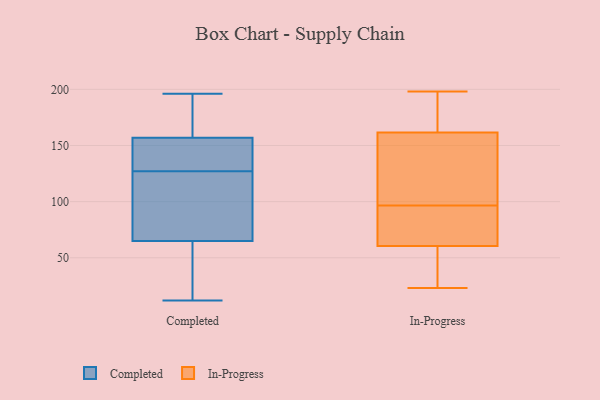
{"axis": {"x": "Demand Index", "y": "Value"}, "legend": ["Completed", "In-Progress"], "data": [{"x": "", "y": 196, "type": "Completed"}, {"x": "", "y": 156, "type": "Completed"}, {"x": "", "y": 30, "type": "Completed"}, {"x": "", "y": 75, "type": "Completed"}, {"x": "", "y": 132, "type": "Completed"}, {"x": "", "y": 195, "type": "Completed"}, {"x": "", "y": 178, "type": "Completed"}, {"x": "", "y": 122, "type": "Completed"}, {"x": "", "y": 12, "type": "Completed"}, {"x": "", "y": 100, "type": "Completed"}, {"x": "", "y": 135, "type": "Completed"}, {"x": "", "y": 112, "type": "Completed"}, {"x": "", "y": 158, "type": "Completed"}, {"x": "", "y": 139, "type": "Completed"}, {"x": "", "y": 55, "type": "Completed"}, {"x": "", "y": 46, "type": "Completed"}, {"x": "", "y": 34, "type": "In-Progress"}, {"x": "", "y": 173, "type": "In-Progress"}, {"x": "", "y": 131, "type": "In-Progress"}, {"x": "", "y": 72, "type": "In-Progress"}, {"x": "", "y": 157, "type": "In-Progress"}, {"x": "", "y": 166, "type": "In-Progress"}, {"x": "", "y": 155, "type": "In-Progress"}, {"x": "", "y": 94, "type": "In-Progress"}, {"x": "", "y": 43, "type": "In-Progress"}, {"x": "", "y": 98, "type": "In-Progress"}, {"x": "", "y": 198, "type": "In-Progress"}, {"x": "", "y": 49, "type": "In-Progress"}, {"x": "", "y": 190, "type": "In-Progress"}, {"x": "", "y": 95, "type": "In-Progress"}, {"x": "", "y": 23, "type": "In-Progress"}, {"x": "", "y": 89, "type": "In-Progress"}]}